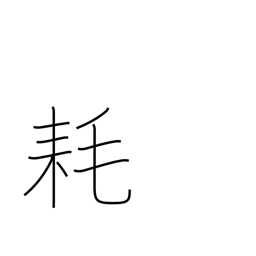
Meaning: decrease